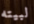
لبيته